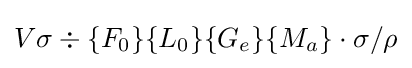
V\sigma \div \{F_{0}\}\{L_{0}\}\{G_{e}\}\{M_{a}\}\cdot \sigma /\rho